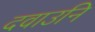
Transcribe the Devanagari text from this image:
दवाउनि